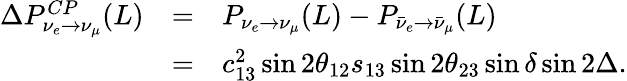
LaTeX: \begin{array}{rcl}{{\Delta P_{\nu_{e}\to\nu_{\mu}}^{CP}(L)}}&{{=}}&{{P_{\nu_{e}\to\nu_{\mu}}(L)-P_{\bar{\nu}_{e}\to\bar{\nu}_{\mu}}(L)}}\\ {{}}&{{=}}&{{c_{13}^{2}\sin 2\theta_{12}s_{13}\sin 2\theta_{23}\sin\delta\sin 2\Delta.}}\end{array}